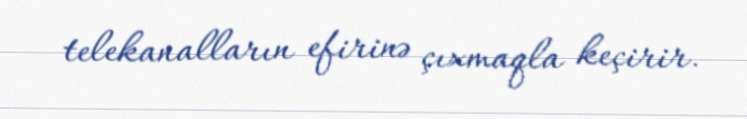
telekanalların efirinə çıxmaqla keçirir.